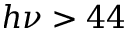
h \nu > 4 4